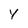
Character: Y